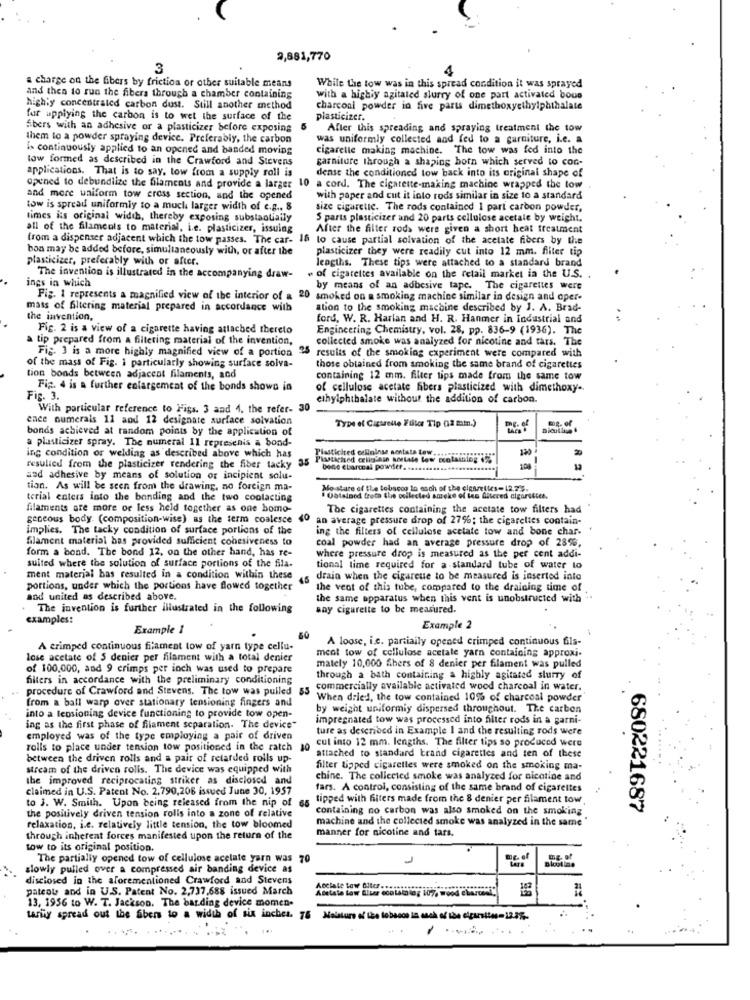
2,881,770
3
a charge on the fibers by friction or other suitable means
While the tow was in this spread condition it was sprayed
and then to run the fibers through a chamber containing
with a highly agitated slurry of one part activated bous
highly concentrated carbon dust. Still another method
charcoal powder in five parts dimethoxyethylphthalate
fur applying the carbon is to wet the surface of the
plasticizer.
Abers with an adhesive or a plasticizer before exposing
After this spreading and spraying treatment the tow
them to a powder spraying device. Preferably, the carbon
was uniformly collected and fed to a garniture, i.e. a
is continuously applied to an opened and banded moving
cigarelle making machine. The tow was fed into the
tow formed as described in the Crawford and Stevens
garniture through a shaping botn which served to con-
applications. That is to say, tow from a supply roll is
dense the conditioned low back into its original shape of
opened to debundlize the filaments and provide a larger 10 a cord. The cigarette-making machine wrapped the tow
and more uniform tow cross section, and the opened
with paper and cut it into rods similar in size to a standard
tow is spread uniformiy to a much larger width of e.g ., 8
size cigarette. The rods contained I part carbon powder,
times its original width, thereby exposing substantially
S parts plasticizer and 20 parts cellulose acetale by weight.
all of the filameols to material, i.e. plasticizer, issuing
After the filter rods were given a short heat treatment
from a dispenser adjacent which the tow passes. The car- 16 to cause partial solvation of the acetate fibers by the
bon may be added before, simultaneously with, or after the
plasticizer they were readily cut into 12 mm. filiter tip
plasticizer, preferably with or after.
lengths. These tips were attached to a standard brand
ings in which
The invention is illustrated in the accompanying draw-
of cigarettes available on the retail market in the U.S. .
by means of an adbesive tape. The cigarettes were
Fig. 1 represents a magnified view of the interior of a 20 smoked on a smoking machine similar in design and oper-
mass of filtering material prepared in accordance with
ation to the smoking machine described by J. A. Brad-
the invention,
ford, W. R. Harlan and H. R. Hanmer in Industrial and
Fig. 2 is a view of a cigarette having attached thereto
Engineering Chemistry, vol. 28, pp. 836-9 (1936). The
tip prepared from a filtering material of the invention,
collected smoke was analyzed for nicotine and tars. The
Fig. 3 is a more highly magnified view of a portion
of the mass of Fig. 1 particularly showing surface solva-
95 results of the smoking experiment were compared with
those obtained from smoking the same brand of cigarettes
tion bonds between adjacent filaments, and
containing 12 mm. filter tips made from the same tow
Fig. 4 is a further enlargement of the bonds shown in
of cellulose acetate fibers plasticized with dimethoxy-
Fir 3.
ethylphthalate without the addition of carbon.
With particular reference to Figs. 3 and 4. the refer- 30
ence numerals 11 and 12 designate surface solvation
FOR- Of
bonds achieved at random points by the application of
Type of Cigarelle Fullo Tip (12 min.)
ing condition or welding as described above which has
a plasticizer spray. The numeral Il represenis a bond-
Plasticited celininse sentata tew.
320
35
Piasticized celiglass sostate low ecotaiblogs
resulice from the plasticizer rendering the fiber tacky
bene ebarcal powier ...
10]
aad adhesive by means of solution of incipient solu-
tion. As will be seen from the drawing, no foreign ma-
Mo sture of the tobacco In esch of the cigarettes-12.24.
terial enters into the bonding and the two coolacting
Obtained frets the osilected smoke of tes Altered cigarettes.
filaments are more or less held together as one homo-
The cigarettes containing the acetate tow filters had
geneous body. (composition-wise) as the term coalesce 40
an average pressure drop of 27%; the cigarettes contain-
implies. The tacky condition of surface portions of the
ing the filters of cellulose acetate tow and bone char-
filament material bas provided sufficient conesiveness to
coal powder had an average pressure drop of 28%,
form a bond. The bond 12, on the other hand, has re-
suited where the solution of surface portions of the fila.
where pressure drop is measured as the per cent addi-
tional time required for a standard tube of water lo
ment material has resulted in a condition within these
45
drain when the cigareue to be measured is inserted into
portions, under which the portions have flowed together
the veot of this tube, compared to the draining time of
and united as described above.
the same apparatus when this vent is unobstructed with ..
The invention is further illustrated in the following
any cigarette to be measured.
examples:
Example 1
Example 2
80
A loose, i.e. partially opened crimped continuous fils-
A crimped continuous filament tow of yarn type cellu-
lose acetate of 5 denier per filament with a total denier
ment tow of cellulose acetate yarn containing approxi.
of 100,000, and 9 crimps per inch was used to prepare
mately 10,000 Shers of 8 denier per filament was pulled
filters in accordance with the preliminary conditioning
through a bath containing a highly agitated slurry of
procedure of Crawford and Stevens. The tow was pulled
commercially available activated wood charcoal in water.
from a ball warp over stationary tensioning fingers and
When dried, the tow contained 10% of charcoal powder
by weight uniformiy dispersed throughout. The carbon
into a tensioning device functioning to provide tow open-
impregnated tow was processed into filter rods in a garni-
ing as the first phase of filament separation. The device"
ture as described in Example I and the resulting rods were
employed was of the type employing a pair of driven
cut into 12 mm. lengths. The filter tips so produced were
rolls to place under tension tow positioned in the ratch 10
between the driven rolls and a pair of retarded rolls up-
attached to standard trand cigarettes and ten of these
stream of the driven rolls. The device was equipped with
filter tipped cigarettes were smoked on the smoking ma-
the improved reciprocating striker as disclosed and
chine. The collected smoke was analyzed for nicotine and
claimed in U.S. Patent No. 2,790,206 issued June 30, 1957
fars. A control, consisting of the same brand of cigarettes
to J. W. Smith. Upon being released from the nip of 66
tipped with filters made from the 8 denier per filament tow
containing no carbon was also smoked on the smoking
680221687
the positively driven tension rolls into a zone of relative
machine and the collected smoke was analyzed in the same
relaxation, i.e. relatively little tension, the tow bloomed
manner for nicotine and tars.
through inherent forces manifested upon the return of the
tow to its original position.
The partially opened tow of cellulose acetate yarn was 70
De of
slowly pulled over a compressed air banding device as
disclosed in the aforementioned Crawford and Stevens
pateot and in U.S. Patent No. 2,737,688 issued March
Acclale tow Biter.
Acetate low Alter ecototalog 107, wood charcoely
13, 1956 to W. T. Jackson. The bar.ding device momen-
taniny spread out the Sbers to a width of six inches. 76 Moisture of tice tobacco is much of the clparadise - 12.8%